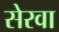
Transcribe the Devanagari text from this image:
सेरवा